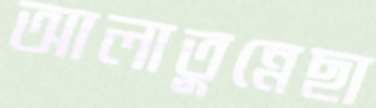
আলাতুন্নেছা